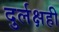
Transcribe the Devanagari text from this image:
दुर्लक्षही